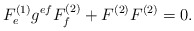
\begin{align*}F_e^{(1)}g^{ef}F_f^{(2)}+F^{(2)}F^{(2)}=0.\end{align*}